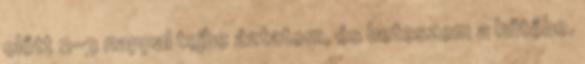
előtt 2-3 nappal tejbe áztatom, és beteszem a hűtőbe.